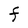
Character: F